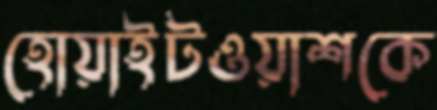
হোয়াইটওয়াশকে